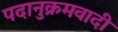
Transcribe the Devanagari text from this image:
पदानुक्रमवादी